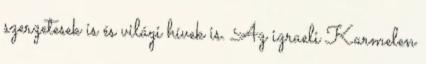
szerzetesek is és világi hívek is. Az izraeli Karmelen